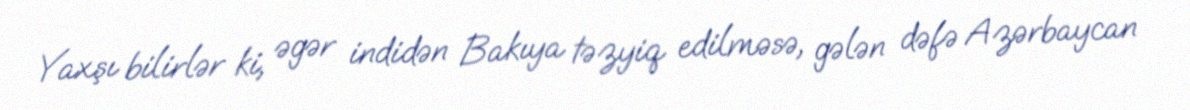
Yaxşı bilirlər ki, əgər indidən Bakıya təzyiq edilməsə, gələn dəfə Azərbaycan